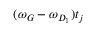
( \omega _ { G } - \omega _ { D _ { 1 } } ) t _ { j }